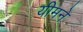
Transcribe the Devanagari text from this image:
यीमने